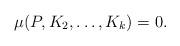
LaTeX: \begin{align*}\mu(P, K_2,\ldots, K_k)=0.\end{align*}